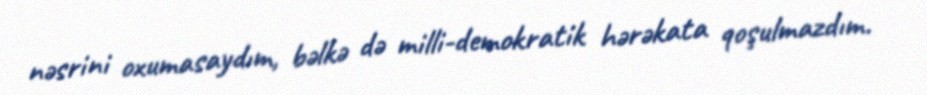
nəsrini oxumasaydım, bəlkə də milli-demokratik hərəkata qoşulmazdım.